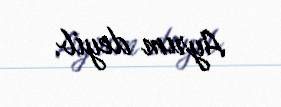
Ayrım deyib.